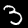
Label: 3